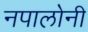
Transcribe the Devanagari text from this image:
नपालोनी